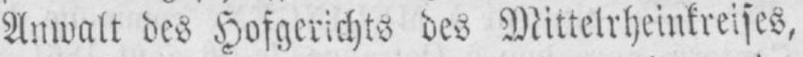
Anwalt des Hofgerichts des Mittelrheinkreises,